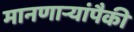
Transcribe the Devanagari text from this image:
मानणाऱ्यांपैकी